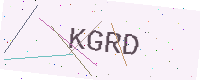
Text: KGRD